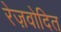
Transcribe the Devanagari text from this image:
रेज़वोदित